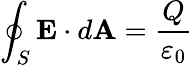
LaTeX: \oint_{S}\mathbf{E}\cdot d\mathbf{A}={\frac{Q}{\varepsilon_{0}}}